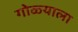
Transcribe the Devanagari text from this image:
गोळ्याला